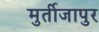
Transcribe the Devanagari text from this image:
मुर्तीजापुर